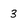
Character: 3